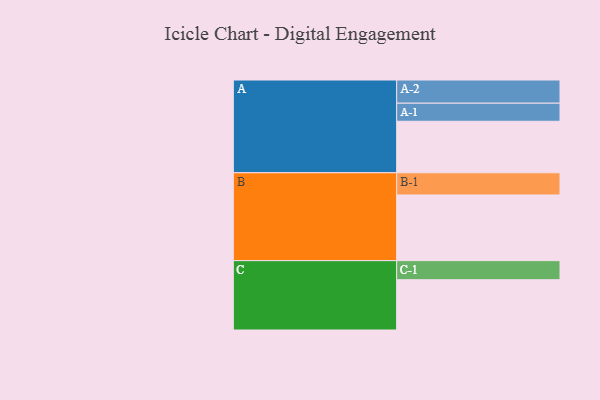
{"axis": {"x": "Segment", "y": "Value"}, "legend": ["", "A", "B", "C"], "data": [{"x": "A", "y": 462, "type": ""}, {"x": "B", "y": 589, "type": ""}, {"x": "C", "y": 451, "type": ""}, {"x": "A-1", "y": 162, "type": "A"}, {"x": "A-2", "y": 208, "type": "A"}, {"x": "B-1", "y": 199, "type": "B"}, {"x": "C-1", "y": 171, "type": "C"}]}